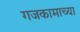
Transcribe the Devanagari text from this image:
गजकामाच्या